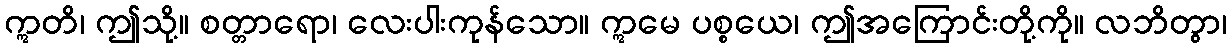
ဣတိ၊ ဤသို့။ စတ္တာရော၊ လေးပါးကုန်သော။ ဣမေ ပစ္စယေ၊ ဤအကြောင်းတို့ကို။ လဘိတွာ၊